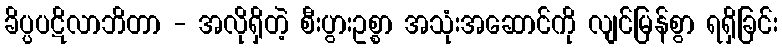
ခိပ္ပပဋိလာဘိတာ - အလိုရှိတဲ့ စီးပွားဥစ္စာ အသုံးအဆောင်ကို လျင်မြန်စွာ ရရှိခြင်း